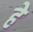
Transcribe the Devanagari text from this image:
हे